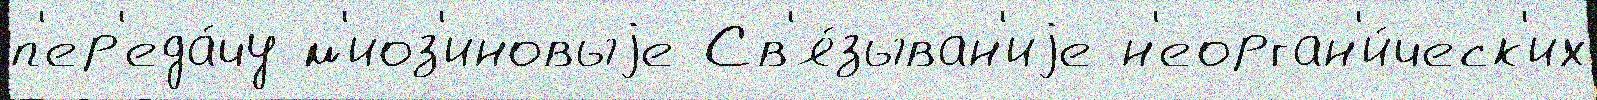
п'ер'еда́чу м'иоз'иновыjе Св'я́зыван'иjе н'еорган'и́ческ'их